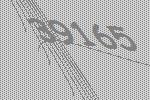
39165